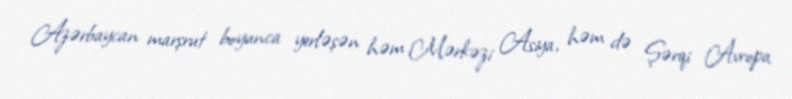
Azərbaycan marşrut boyunca yerləşən həm Mərkəzi Asiya, həm də Şərqi Avropa